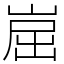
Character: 崫